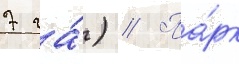
7 га́) // Па́рк